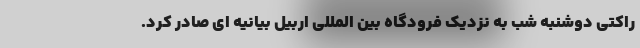
راکتی دوشنبه شب به نزدیک فرودگاه بین المللی اربیل بیانیه ای صادر کرد.